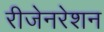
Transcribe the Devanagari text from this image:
रीजेनरेशन